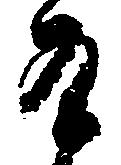
有